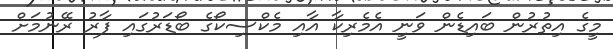
މީގެ އިތުރުން ބައިޑެން ވަނީ އެމެރިކާ އާއި މެކްސިކޯގެ ބޯޑަރުގައި ފާރު ރޭނުމަށް